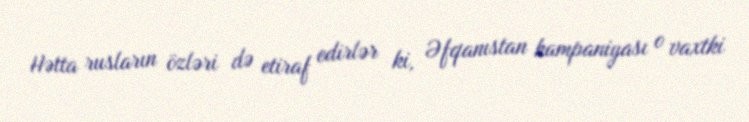
Hətta rusların özləri də etiraf edirlər ki, Əfqanıstan kampaniyası o vaxtki